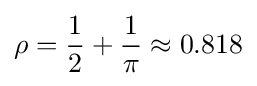
\rho ={\frac {1}{2}}+{\frac {1}{\pi }}\approx 0.818